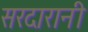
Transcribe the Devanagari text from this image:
सरदारानी